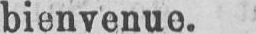
bienvenue.